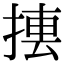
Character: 𢰁